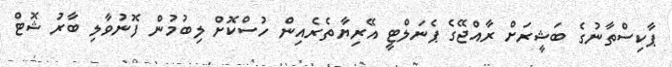
ޕާކިސްތާނުގެ ބަޝީރަށް ރާއްޖޭގެ ޕެނަލްޓީ އޭރިޔާތެރެއިން ހުސްކޮށް ލިބުމުން ފޮނުވާލި ބާރު ޝޮޓް